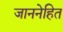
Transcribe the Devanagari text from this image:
जाननेहित